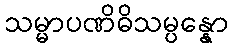
သမ္မာပဏိဓိသမ္ပန္နော